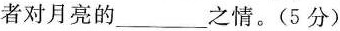
者对月亮的___之情。（5分）